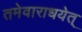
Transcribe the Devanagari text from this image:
तमेवाराधयेत्